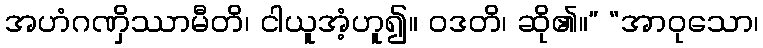
အဟံဂဏှိဿာမီတိ၊ ငါယူအံ့ဟူ၍။ ဝဒတိ၊ ဆို၏။” “အာဝုသော၊